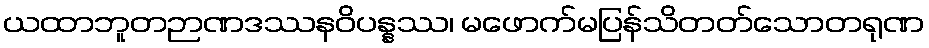
ယထာဘူတဉာဏဒဿနဝိပန္နဿ၊ မဖောက်မပြန်သိတတ်သောတရုဏ